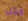
مثل